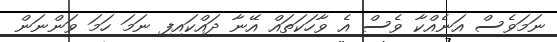
ނަމަވެސް އަނެއްކާ ވެސް އެ ވާހަކަތައް އޭނާ ދައްކައިފި ނަމަ ހަމަ ވަންނަން